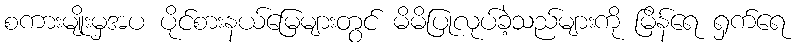
စကားမျိုးမှအပ ပိုင်စားနယ်မြေများတွင် မိမိပြုလုပ်ခဲ့သည်များကို မြိန်ရေ ရှက်ရေ